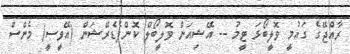
ރާއްޖޭގެ ގައުމީ ވޮލީބޯޅަ ޓީމު -- އޭޝިއަން ވޮލީބޯލް ކޮންފެޑެރޭޝަން (އޭވީސީ) މެންސް